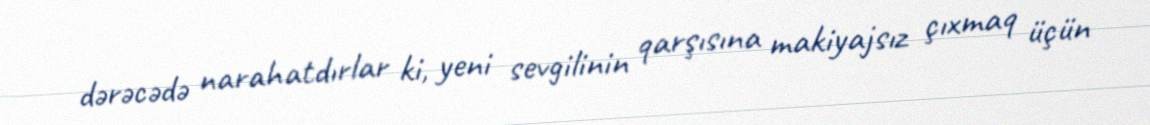
dərəcədə narahatdırlar ki, yeni sevgilinin qarşısına makiyajsız çıxmaq üçün